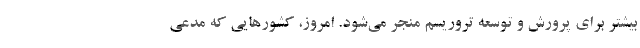
بیشتر برای پرورش و توسعه تروریسم منجر می‌شود. امروز، کشورهایی که مدعی